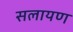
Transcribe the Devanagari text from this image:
सलायण